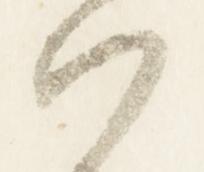
以